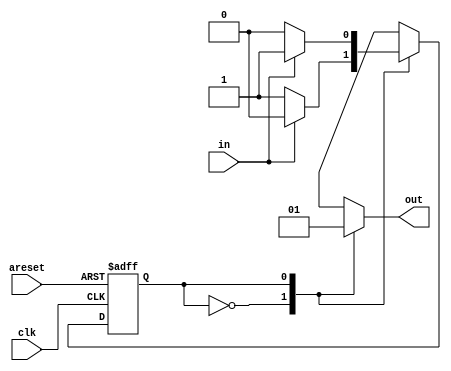
module top_module(
    input clk,
    input areset,    // Asynchronous reset to state B
    input in,
    output out);//  

    parameter A=0, B=1; 
    reg state, next_state;

    always @(*) begin    // This is a combinational always block
        case(state)
            A: next_state = in ? A : B;
            B: next_state = in ? B : A;
        endcase
    end

    always @(posedge clk, posedge areset) begin    // This is a sequential always block
        if(areset)
            state <= B;
        else
            state <= next_state;
    end

    always @(*) begin
        case(state)
            A: out = 1'b0;
            B: out = 1'b1;
        endcase
    end

endmodule